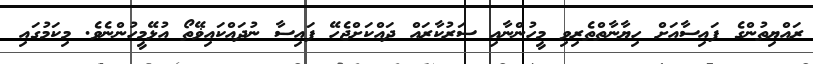
ރައްޔިތުންގެ ފައިސާއަށް ހިޔާނާތްތެރިވި މީހުންނާއި ސަރުކާރައް ދައްކަށްޖެހޭ ފައިސާ ނުދައްކައިޥޭތޯ އުޅޭމީހުންނެވެ. މިކަމުގައި